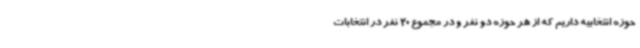
حوزه انتخابیه داریم که از هر حوزه دو نفر و در مجموع 20 نفر در انتخابات